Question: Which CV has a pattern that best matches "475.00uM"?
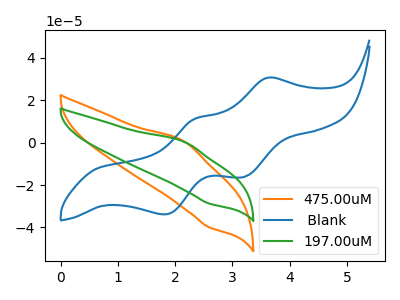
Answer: <think>The orange curve "475.00uM" has an anodic peak at (2.15V, 0.55uA) and a cathodic peak at (2.60V, -39.90uA). The blue curve " Blank" has anodic peaks at (3.60V, 30.65uA) (2.35V, 11.30uA) and cathodic peaks at (3.20V, -16.20uA) (1.80V, -33.85uA). The green curve "197.00uM" has an anodic peak at (2.15V, 0.40uA) and a cathodic peak at (2.60V, -28.75uA).
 "475.00uM" and " Blank" have a different number of peaks. All the peaks in "475.00uM" have a peak in "197.00uM" at the same potential. Every peak in "475.00uM" is higher than every peak in "197.00uM". " Blank" and "197.00uM" have a different number of peaks.</think>
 <answer>The CV with the most similar shape to "197.00uM" is "475.00uM".</answer>
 <eval>"475.00uM"</eval>